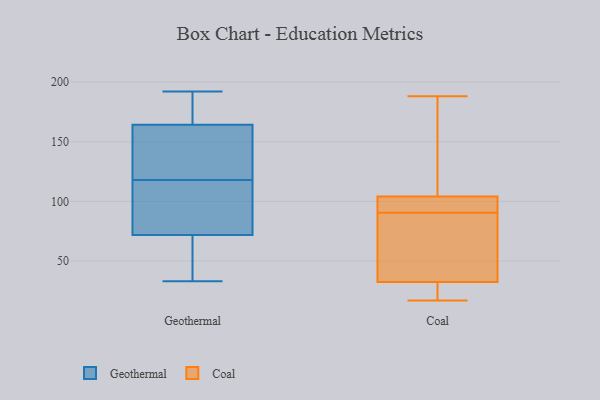
{"axis": {"x": "Website Visitors", "y": "Value"}, "legend": ["Coal", "Geothermal"], "data": [{"x": "", "y": 69, "type": "Geothermal"}, {"x": "", "y": 44, "type": "Geothermal"}, {"x": "", "y": 67, "type": "Geothermal"}, {"x": "", "y": 131, "type": "Geothermal"}, {"x": "", "y": 172, "type": "Geothermal"}, {"x": "", "y": 192, "type": "Geothermal"}, {"x": "", "y": 97, "type": "Geothermal"}, {"x": "", "y": 128, "type": "Geothermal"}, {"x": "", "y": 33, "type": "Geothermal"}, {"x": "", "y": 104, "type": "Geothermal"}, {"x": "", "y": 80, "type": "Geothermal"}, {"x": "", "y": 167, "type": "Geothermal"}, {"x": "", "y": 189, "type": "Geothermal"}, {"x": "", "y": 118, "type": "Geothermal"}, {"x": "", "y": 156, "type": "Geothermal"}, {"x": "", "y": 114, "type": "Coal"}, {"x": "", "y": 17, "type": "Coal"}, {"x": "", "y": 188, "type": "Coal"}, {"x": "", "y": 39, "type": "Coal"}, {"x": "", "y": 49, "type": "Coal"}, {"x": "", "y": 95, "type": "Coal"}, {"x": "", "y": 22, "type": "Coal"}, {"x": "", "y": 113, "type": "Coal"}, {"x": "", "y": 94, "type": "Coal"}, {"x": "", "y": 87, "type": "Coal"}, {"x": "", "y": 26, "type": "Coal"}, {"x": "", "y": 95, "type": "Coal"}]}